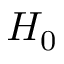
H _ { 0 }